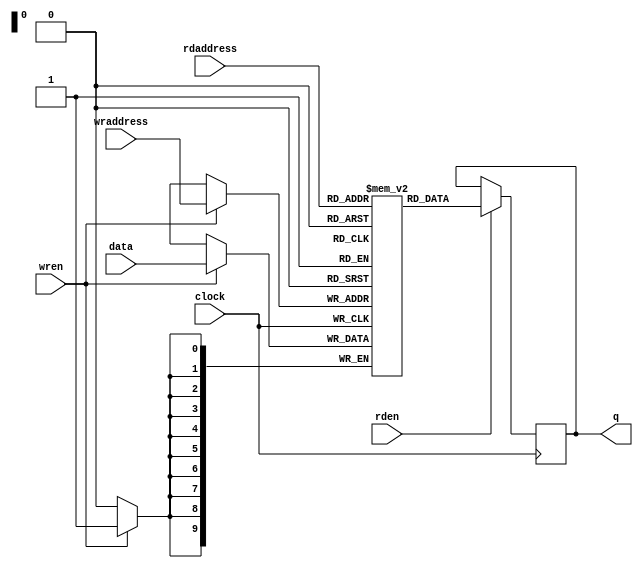
// megafunction wizard: %ALTSYNCRAM%
// GENERATION: STANDARD
// VERSION: WM1.0
// MODULE: altsyncram 

// ============================================================
// Megafunction Name(s):
// 			altsyncram
// ============================================================
// ************************************************************
// THIS IS A WIZARD-GENERATED FILE. DO NOT EDIT THIS FILE!
// ************************************************************


//Copyright (C) 1991-2002 Altera Corporation
//Any  megafunction  design,  and related netlist (encrypted  or  decrypted),
//support information,  device programming or simulation file,  and any other
//associated  documentation or information  provided by  Altera  or a partner
//under  Altera's   Megafunction   Partnership   Program  may  be  used  only
//to program  PLD  devices (but not masked  PLD  devices) from  Altera.   Any
//other  use  of such  megafunction  design,  netlist,  support  information,
//device programming or simulation file,  or any other  related documentation
//or information  is prohibited  for  any  other purpose,  including, but not
//limited to  modification,  reverse engineering,  de-compiling, or use  with
//any other  silicon devices,  unless such use is  explicitly  licensed under
//a separate agreement with  Altera  or a megafunction partner.  Title to the
//intellectual property,  including patents,  copyrights,  trademarks,  trade
//secrets,  or maskworks,  embodied in any such megafunction design, netlist,
//support  information,  device programming or simulation file,  or any other
//related documentation or information provided by  Altera  or a megafunction
//partner, remains with Altera, the megafunction partner, or their respective
//licensors. No other licenses, including any licenses needed under any third
//party's intellectual property, are provided herein.

module ram_block (
	data,
	wren,
	wraddress,
	rdaddress,
	rden,
	clock,
	q);

	input	[9:0]  data;
	input	  wren;
	input	[9:0]  wraddress;
	input	[9:0]  rdaddress;
	input	  rden;
	input	  clock;
	output	[9:0]  q;
	reg [9:0]  q;
	
	

	//parameter column_size=12,row_size=16;
	parameter column_size=1280,row_size=1024;
	
	reg [9:0] RAM[column_size/2-1:0];		 
	always@(posedge clock)
	begin
	if(wren)
		RAM[wraddress]<=data;   		  
	if(rden)
		q<=RAM[rdaddress];
	end



endmodule